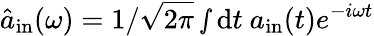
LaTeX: \hat{a}_{\mathrm{in}}(\omega)=1/\sqrt{2\pi}\smallint\mathrm{d}t~a_{\mathrm{in}}(t)e^{-i\omega t}